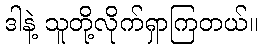
ဒါနဲ့ သူတို့လိုက်ရှာကြတယ်။